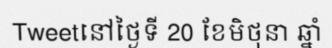
Tweetនៅថ្ងៃទី 20 ខែមិថុនា ឆ្នាំ